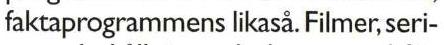
faktaprogrammens likaså. Filmer, seri-